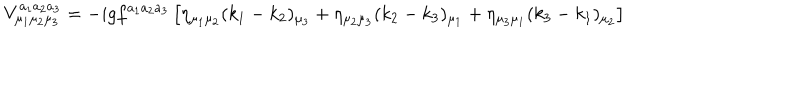
V _ { \mu _ { 1 } \mu _ { 2 } \mu _ { 3 } } ^ { a _ { 1 } a _ { 2 } a _ { 3 } } = - i g f ^ { a _ { 1 } a _ { 2 } a _ { 3 } } \left[ \eta _ { \mu _ { 1 } \mu _ { 2 } } ( k _ { 1 } - k _ { 2 } ) _ { \mu _ { 3 } } + \eta _ { \mu _ { 2 } \mu _ { 3 } } ( k _ { 2 } - k _ { 3 } ) _ { \mu _ { 1 } } + \eta _ { \mu _ { 3 } \mu _ { 1 } } ( k _ { 3 } - k _ { 1 } ) _ { \mu _ { 2 } } \right]